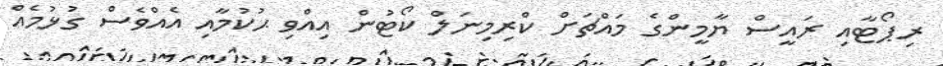
ރިޕޯޓާއި ރައީސް ޔާމީންގެ މައްޗަށް ކްރިމިނަލް ކޯޓުން އިއްވި ޙުކުމާއި އެއްވެސް ގުޅުމެއް